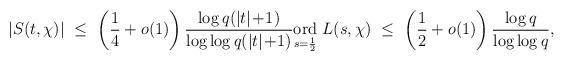
LaTeX: \begin{align*}|S(t,\chi)| \ \le \ \left(\frac{1}{4}+o(1) \right) \frac{\log q(|t|\!+\!1)}{\log \log q(|t|\!+\!1)} \underset{s=\frac12}{\mathrm{ord}} \ L(s,\chi) \ \le \ \left(\frac{1}{2}+o(1) \right) \frac{\log q}{\log \log q},\end{align*}